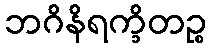
ဘဂိနိရက္ခိတဉ္စ